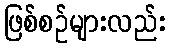
ဖြစ်စဉ်များလည်း